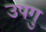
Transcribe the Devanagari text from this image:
उपगु